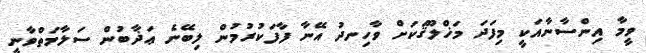
ވީމާ އިންސާނާއަކީ މިފަދަ މަޚްލޫޤަކަށް ވާހިނދު އޭނާ ފާފަކުރުމުން ލިބޭނެ ޢަޛާބުން ސަލާމަތްވާނީ